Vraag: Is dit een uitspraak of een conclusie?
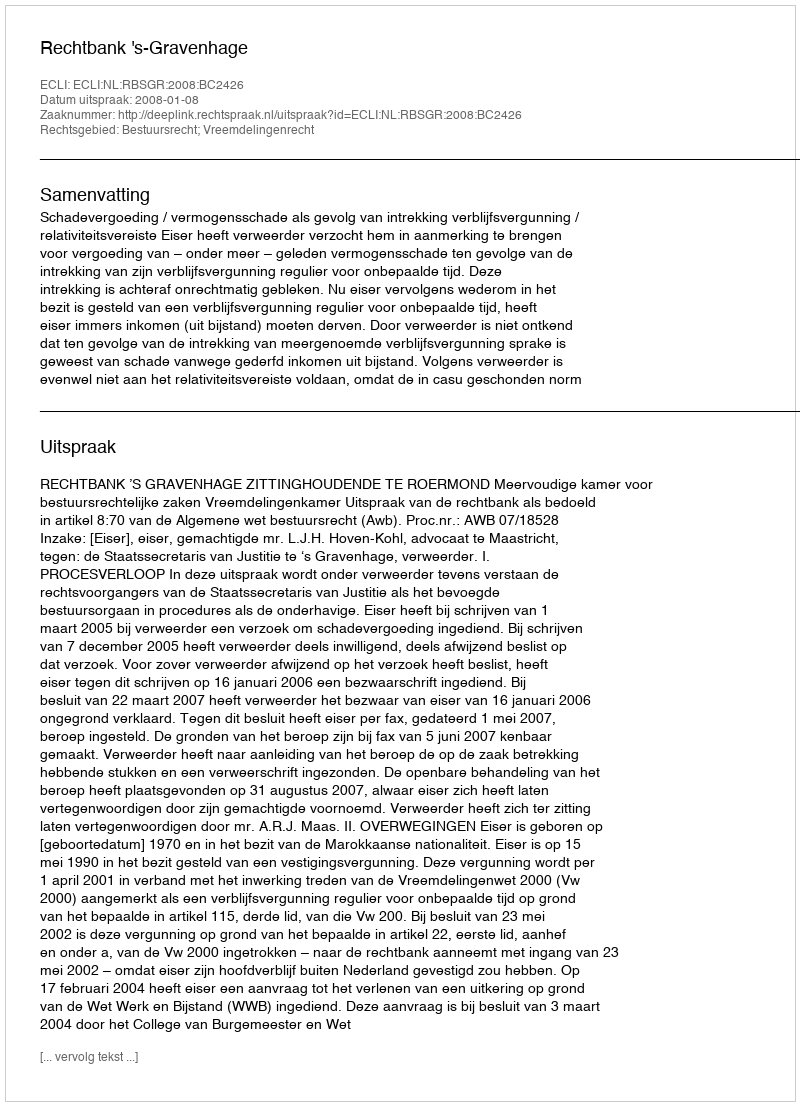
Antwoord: Uitspraak